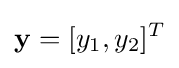
\mathbf {y} =[y_{1},y_{2}]^{T}